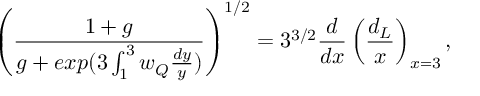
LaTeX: \left( \frac { 1 + g } { g + e x p ( 3 \int _ { 1 } ^ { 3 } w _ { Q } \frac { d y } { y } ) } \right) ^ { 1 / 2 } = 3 ^ { 3 / 2 } \frac { d } { d x } \left( \frac { d _ { L } } { x } \right) _ { x = 3 } ,